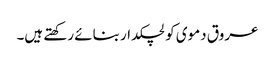
عروق دموی کو لچکدار بنائے رکھتے ہیں۔